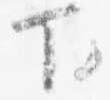
下